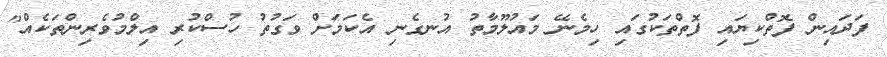
ފަދައިން ފޮތްކިޔައި ފޮތްތަކުގައި ހިމެނޭ މައުލޫމާތު އުނގެނި އެކަމަށް ވަގުތު ހުސްކުރި އިލްމުވެރިންތަކެއް"